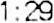
1:29